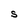
Character: S